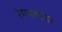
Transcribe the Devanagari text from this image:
रंगमचांवर